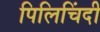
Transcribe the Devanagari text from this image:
पिलिचिंदी